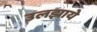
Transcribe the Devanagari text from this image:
उलझाये